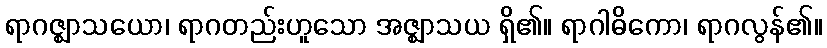
ရာဂဇ္ဈာသယော၊ ရာဂတည်းဟူသော အဇ္ဈာသယ ရှိ၏။ ရာဂါဓိကော၊ ရာဂလွန်၏။